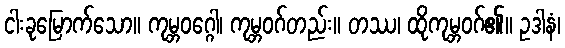
ငါးခုမြောက်သော။ ကုမ္ဘဝဂ္ဂေါ၊ ကုမ္ဘဝဂ်တည်း။ တဿ၊ ထိုကုမ္ဘဝဂ်၏။ ဥဒါနံ၊